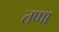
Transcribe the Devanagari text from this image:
तप्पा